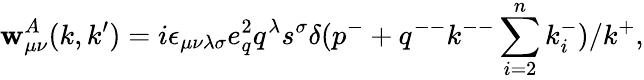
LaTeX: \mathbf{w}_{\mu\nu}^{A}(k,k^{\prime})=i\epsilon_{\mu\nu\lambda\sigma}e_{q}^{2}q^{\lambda}s^{\sigma}\delta(p^{-}+q^{--}k^{--}\sum_{i=2}^{n}k_{i}^{-})/k^{+},